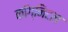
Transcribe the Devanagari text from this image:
कॉग्निटल